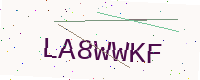
Text: LA8WWKF